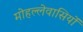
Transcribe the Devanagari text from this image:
मोहल्लेवासियों